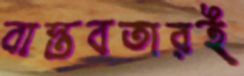
বাস্তবতারই